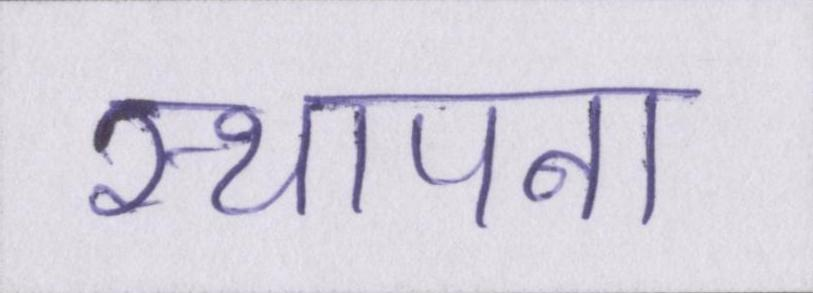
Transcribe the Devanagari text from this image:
स्थापना